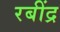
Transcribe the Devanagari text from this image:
रबींद्र